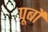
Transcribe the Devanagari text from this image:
पूर्बो